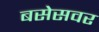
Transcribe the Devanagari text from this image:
बसेसवर